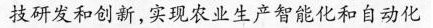
技研发和创新，实现农业生产智能化和自动化